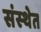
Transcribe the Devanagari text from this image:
संस्‍थेत